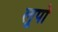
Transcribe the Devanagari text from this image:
लूपो